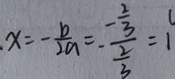
x = - \frac { b } { 2 a } = - \frac { - \frac { 2 } { 3 } } { \frac { 2 } { 3 } } = 1